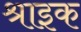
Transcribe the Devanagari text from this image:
श्राइक